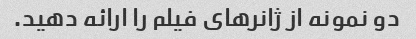
دو نمونه از ژانرهای فیلم را ارائه دهید.